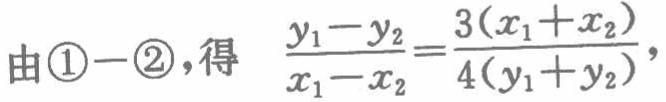
由\textcircled{1}$-$\textcircled{2}，得 $\frac{y_{1}-y_{2}}{x_{1}-x_{2}}=\frac{3(x_{1}+x_{2})}{4(y_{1}+y_{2})}$，